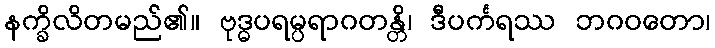
နက္ခိလိတမည်၏။ ဗုဒ္ဓပရမ္ပရာဂတန္တိ၊ ဒီပင်္ကရဿ ဘဂဝတော၊